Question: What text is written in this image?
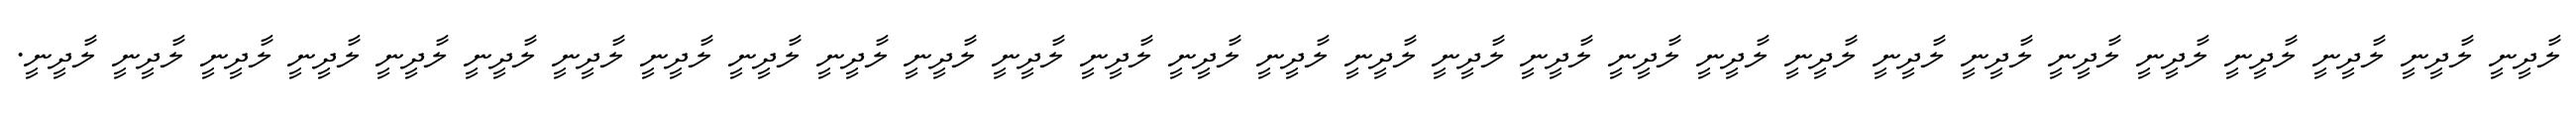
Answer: ލާދީނީ ލާދީނީ ލާދީނީ ލާދީނީ ލާދީނީ ލާދީނީ ލާދީނީ ލާދީނީ ލާދީނީ ލާދީނީ ލާދީނީ ލާދީނީ ލާދީނީ ލާދީނީ ލާދީނީ ލާދީނީ ލާދީނީ ލާދީނީ ލާދީނީ ލާދީނީ ލާދީނީ ލާދީނީ ލާދީނީ ލާދީނީ ލާދީނީ ލާދީނީ ލާދީނީ ލާދީނީ ލާދީނީ.